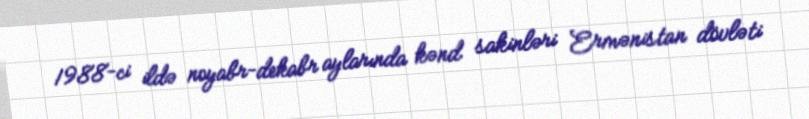
1988-ci ildə noyabr-dekabr aylarında kənd sakinləri Ermənistan dövləti